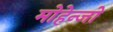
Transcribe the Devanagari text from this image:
मोहेन्जो